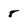
Character: 8